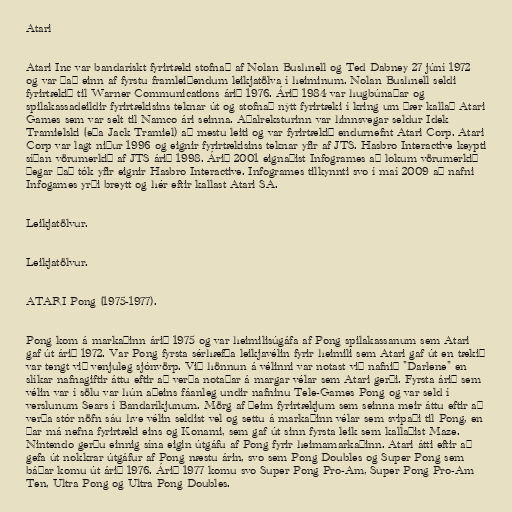
Atari

Atari Inc var bandarískt fyrirtæki stofnað af Nolan Bushnell og Ted Dabney 27 júní 1972
og var það einn af fyrstu framleiðendum leikjatölva í heiminum. Nolan Bushnell seldi
fyrirtækið til Warner Communications árið 1976. Árið 1984 var hugbúnaðar og
spilakassadeildir fyrirtækisins teknar út og stofnað nýtt fyrirtæki í kring um þær kallað Atari
Games sem var selt til Namco ári seinna. Aðalreksturinn var hinnsvegar seldur Idek
Tramielski (eða Jack Tramiel) að mestu leiti og var fyrirtækið endurnefnt Atari Corp. Atari
Corp var lagt niður 1996 og eignir fyrirtækisins teknar yfir af JTS. Hasbro Interactive keypti
síðan vörumerkið af JTS árið 1998. Árið 2001 eignaðist Infogrames að lokum vörumerkið
þegar það tók yfir eignir Hasbro Interactive. Infogrames tilkynnti svo í maí 2009 að nafni
Infogames yrði breytt og hér eftir kallast Atari SA.

Leikjatölvur.

Leikjatölvur.

ATARI Pong (1975-1977).

Pong kom á markaðinn árið 1975 og var heimilisúgáfa af Pong spilakassanum sem Atari
gaf út árið 1972. Var Pong fyrsta sérhæfða leikjavélin fyrir heimili sem Atari gaf út en tækið
var tengt við venjuleg sjónvörp. Við hönnun á vélinni var notast við nafnið "Darlene" en
slíkar nafnagiftir áttu eftir að verða notaðar á margar vélar sem Atari gerði. Fyrsta árið sem
vélin var í sölu var hún aðeins fáanleg undir nafninu Tele-Games Pong og var seld í
verslunum Sears í Bandaríkjunum. Mörg af þeim fyrirtækjum sem seinna meir áttu eftir að
verða stór nöfn sáu hve vélin seldist vel og settu á markaðinn vélar sem svipaði til Pong, en
þar má nefna fyrirtæki eins og Konami, sem gaf út sinn fyrsta leik sem kallaðist Maze.
Nintendo gerðu einnig sína eigin útgáfu af Pong fyrir heimamarkaðinn. Atari átti eftir að
gefa út nokkrar útgáfur af Pong næstu árin, svo sem Pong Doubles og Super Pong sem
báðar komu út árið 1976. Árið 1977 komu svo Super Pong Pro-Am, Super Pong Pro-Am
Ten, Ultra Pong og Ultra Pong Doubles.